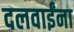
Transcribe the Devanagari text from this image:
दलवाईंना